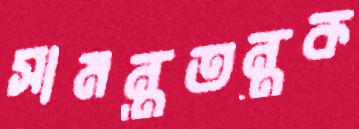
সামন্ততন্ত্রক